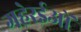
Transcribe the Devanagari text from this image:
गहेरईओं